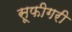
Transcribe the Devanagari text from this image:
सूफीगरी